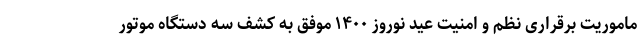
ماموریت برقراری نظم و امنیت عید نوروز ۱۴۰۰ موفق به کشف سه دستگاه موتور